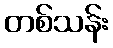
တစ်သန်း